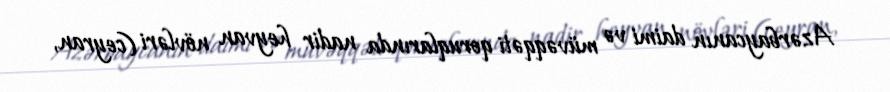
Azərbaycanın daimi və müvəqqəti qoruqlarında nadir heyvan növləri (ceyran,